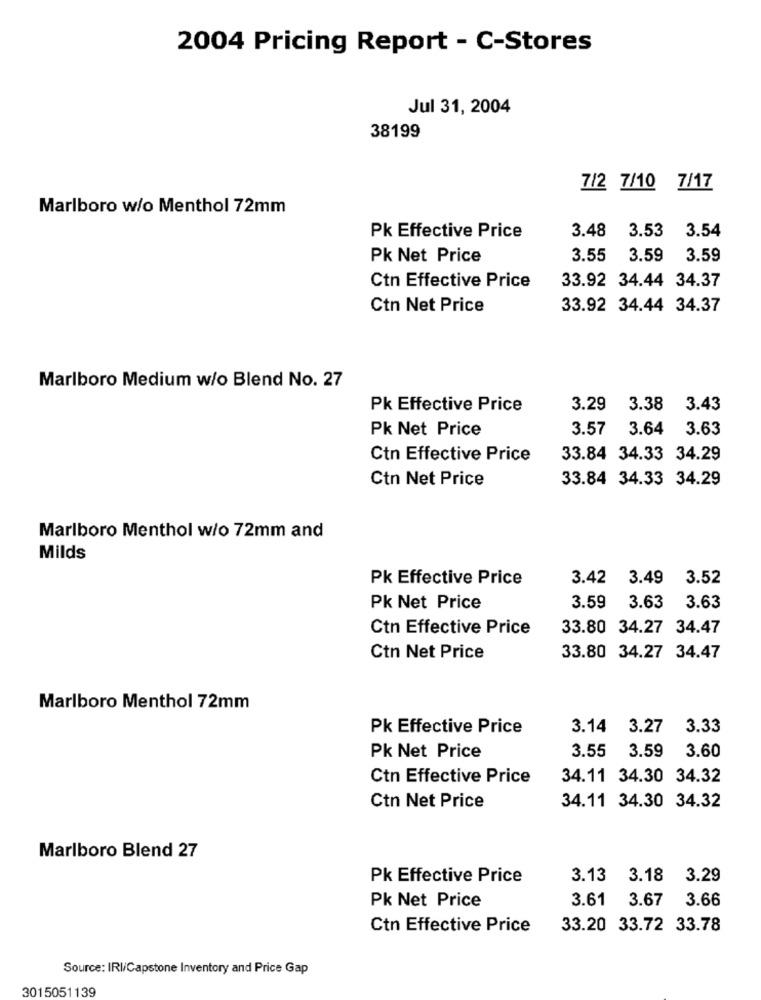
2004 Pricing Report - C-Stores
Jul 31, 2004
38199
7/2 7/10 7/17
Marlboro w/o Menthol 72mm
3.53
3.54
Pk Effective Price
3.48
Pk Net Price
3.55
3.59
3.59
33.92 34.44 34.37
Ctn Effective Price
Ctn Net Price
33.92 34.44 34.37
Marlboro Medium w/o Blend No. 27
Pk Effective Price
3.29
3.38
3.43
Pk Net Price
3.57 3.64 3.63
Ctn Effective Price
33.84 34.33 34.29
Ctn Net Price
33.84 34.33 34.29
Marlboro Menthol w/o 72mm and
Milds
Pk Effective Price
3.42 3.49
3.52
Pk Net Price
3.59
3.63
3.63
Ctn Effective Price
33.80 34.27 34.47
Ctn Net Price
33.80 34.27 34.47
Marlboro Menthol 72mm
Pk Effective Price
3.14 3.27 3.33
3.55
3.59
3.60
Pk Net Price
Ctn Effective Price
34.11 34.30 34.32
Ctn Net Price
34.11 34.30 34.32
Marlboro Blend 27
Pk Effective Price
3.13
3.18
3.29
Pk Net Price
3.61 3.67 3.66
Ctn Effective Price
33.20 33.72 33.78
Source: IRI/Capstone Inventory and Price Gap
3015051139